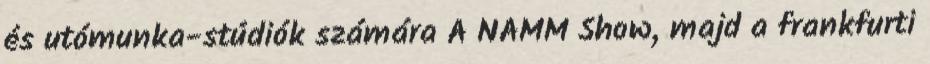
és utómunka-stúdiók számára A NAMM Show, majd a frankfurti